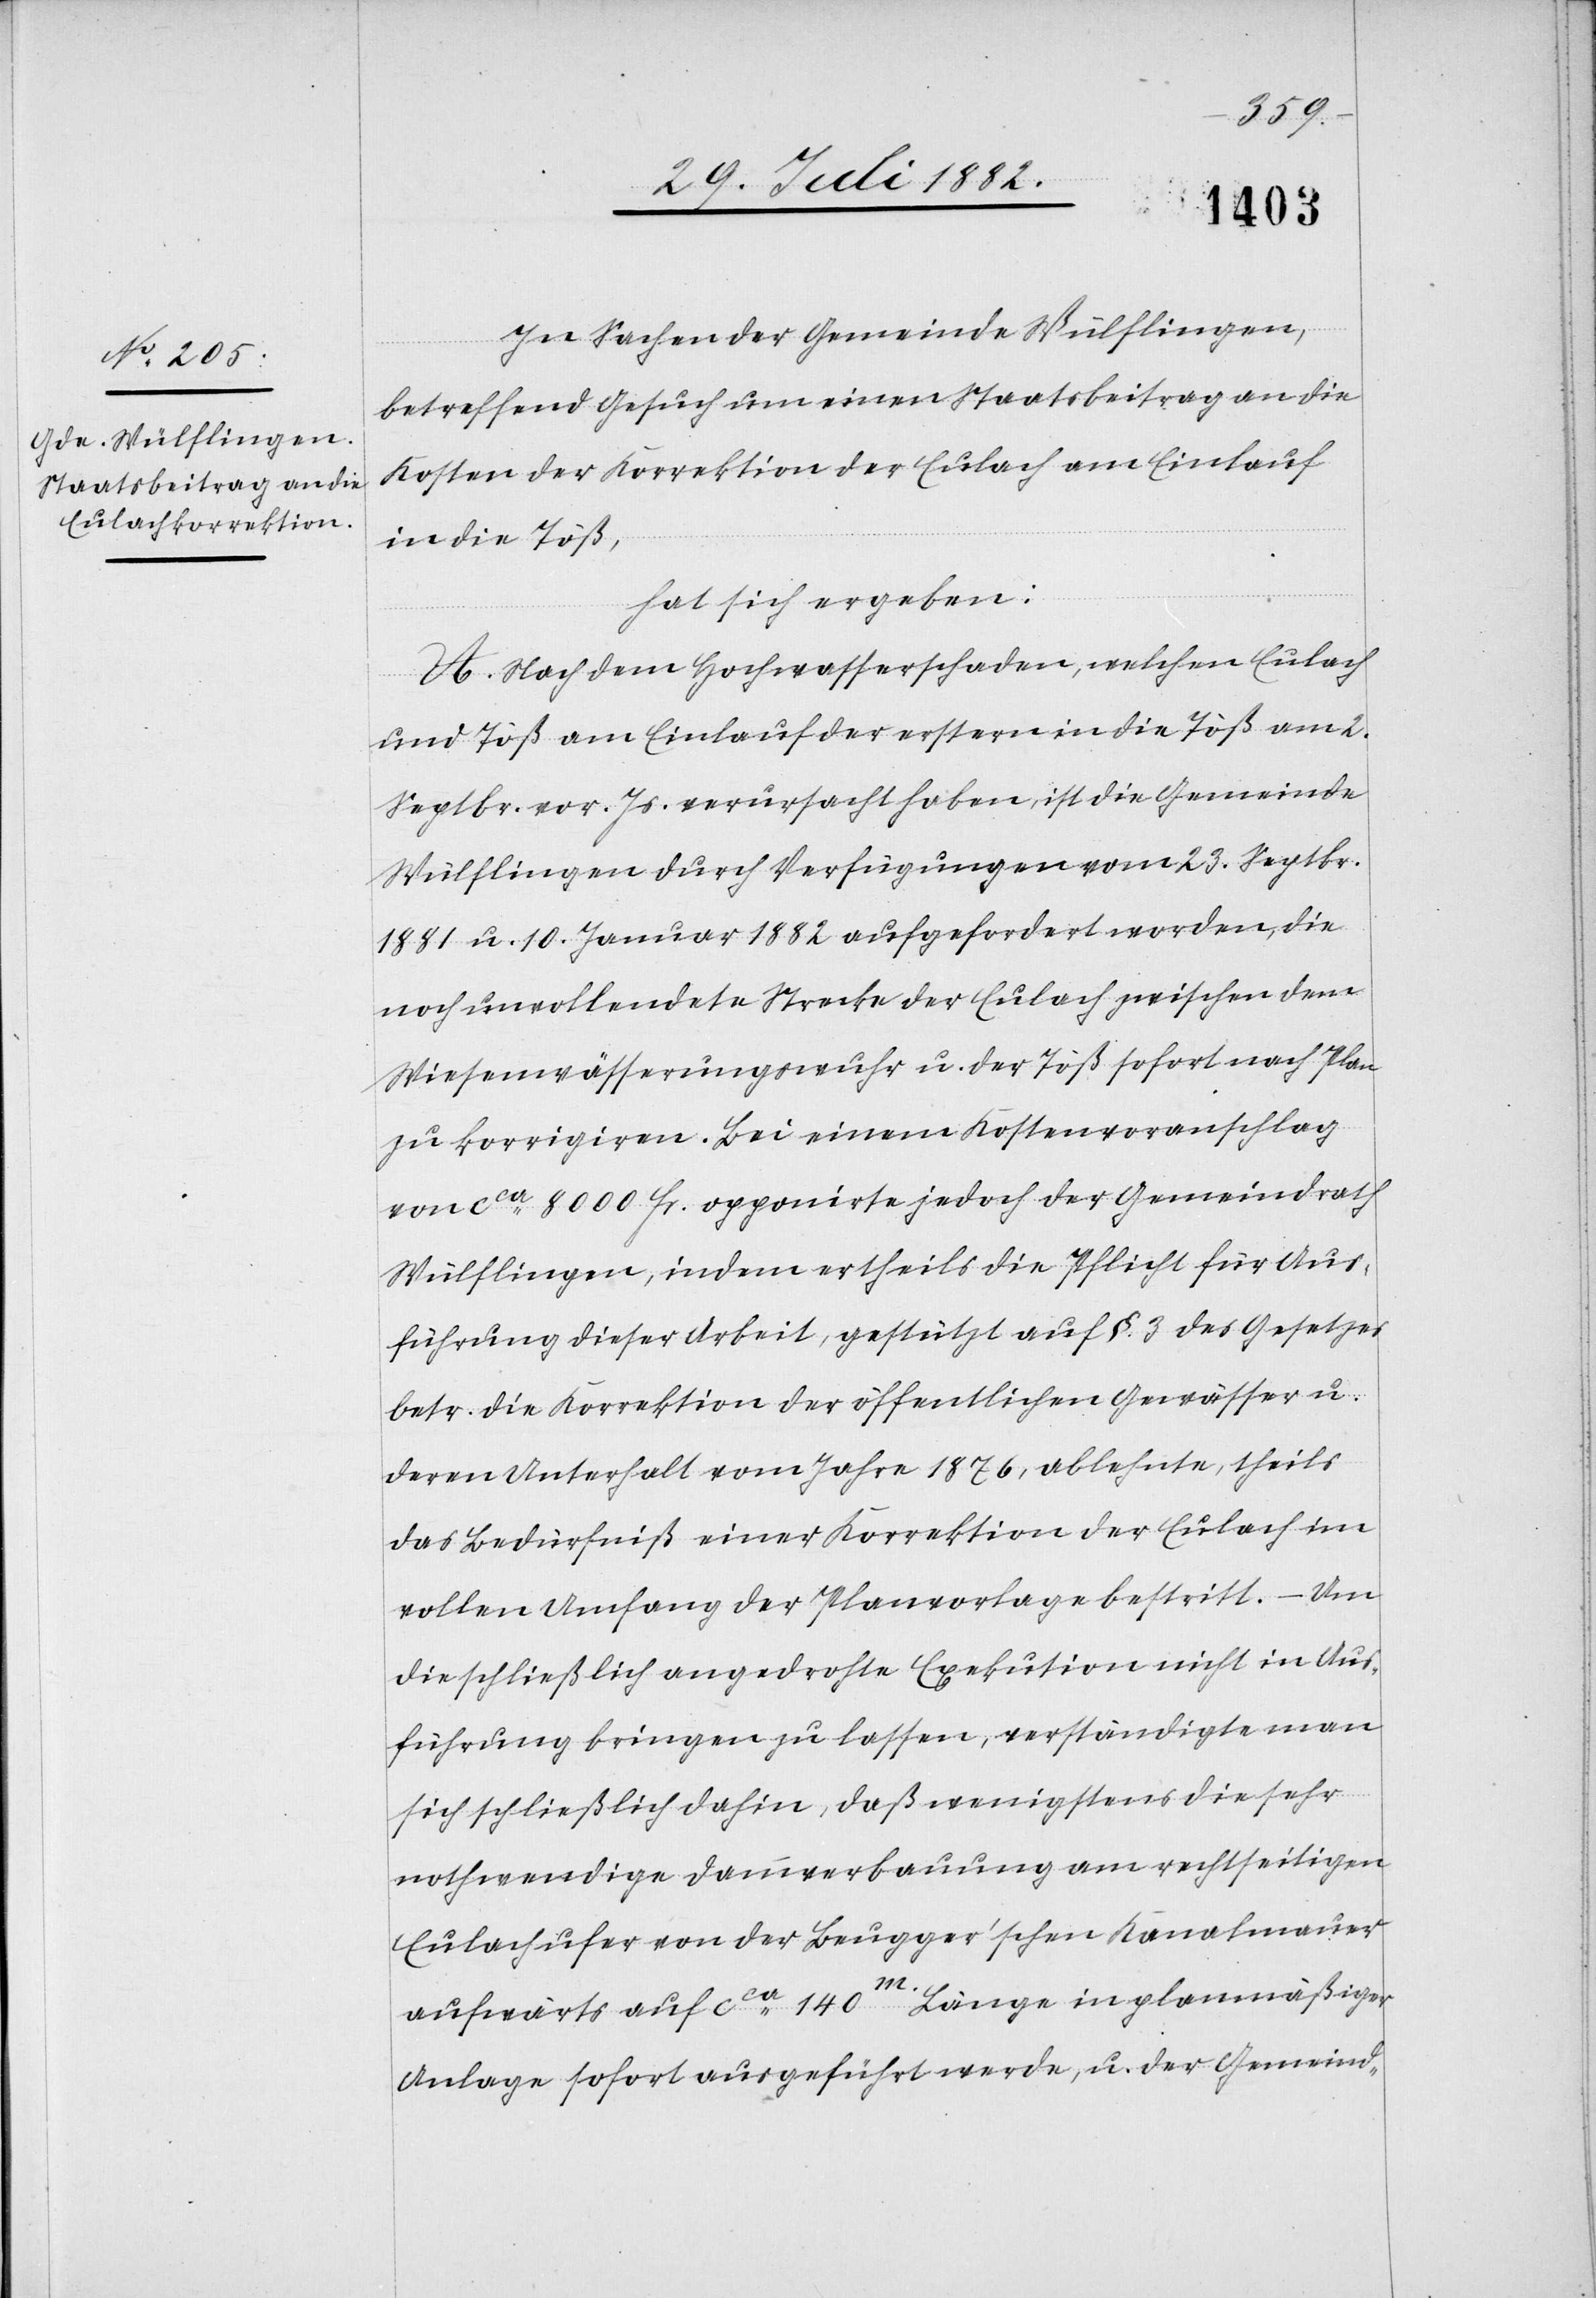
In Sachen der Gemeinde Wülflingen,
betreffend Gesuch um einen Staatsbeitrag an die
Kosten der Korrektion der Eulach am Einlauf
in die Töß,
hat sich ergeben:
A. Nach dem Hochwasserschaden, welchen Eulach
und Töß am Einlauf der erstern in die Töß am 2.
Septbr. vor. Js. verursacht haben, ist die Gemeinde
Wülflingen durch Verfügung vom 23. Septbr.
1881 u. 10. Januar 1882 aufgefordert worden, die
noch unvollendete Strecke der Eulach zwischen dem
Wiesenwässerungswuhr u. der Töß sofort nach Plan
zu korrigiren. Bei einem Kostenvoranschlag
von ca 8000 Fr. opponirte jedoch der Gemeindrath
Wülflingen, indem er theils die Pflicht für Aus¬
führung dieser Arbeit, gestützt auf §. 3 des Gesetzes
betr. die Korrektion der öffentlichen Gewässer u.
deren Unterhalt vom Jahre 1876, ablehnte, theils
das Bedürfniß einer Korrektion der Eulach im
vollen Umfang der Planvorlage bestritt. – Um
die schließlich angedrohte Exekution nicht in Aus¬
führung bringen zu lassen, verständigte man
sich schließlich dahin, daß wenigstens die sehr
nothwendige Dammverbauung am rechtseitigen
Eulachufer von der Beugger’schen Kanalmauer
aufwärts auf ca 140m Länge in planmäßiger
Anlage sofort ausgeführt werde, u. der Gemeind-